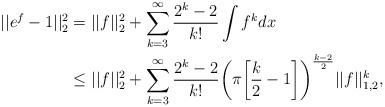
LaTeX: \begin{align*}||e^f-1||_2^2&=||f||^2_2+\sum\limits_{k=3}^{\infty}\dfrac{2^k-2}{k!}\int{f^k}dx\\&\leq||f||^2_2+\sum\limits_{k=3}^{\infty}\dfrac{2^k-2}{k!}\bigg(\pi\bigg[\dfrac{k}{2}-1\bigg]\bigg)^{\frac{k-2}{2}}||f||^k_{1,2},\end{align*}